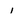
Character: 1